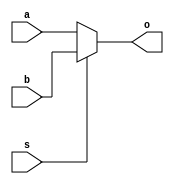
`timescale 1ns/100ps
module MUX_32(a, b, s, o);

  input [31:0] a;
  input [31:0] b;
  input s;
  
  output [31:0] o;
  
  assign o = (s)?b:a;

endmodule